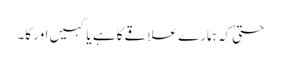
حتیٰ کہ ہمارے علاقے کا ہے یا کہیں اور کا۔